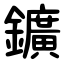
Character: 鑛